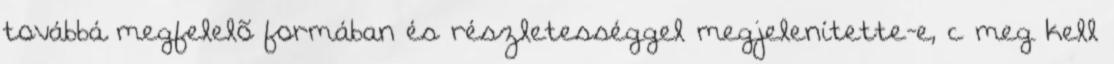
továbbá megfelelõ formában és részletességgel megjelenítette-e, c meg kell